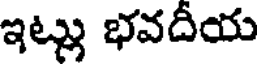
ఇట్లు భవదీయ